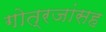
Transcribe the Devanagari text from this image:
गोत्रजांसह